Insane asylums Bombay 1873-77 - 1873-1877
Year: 1873
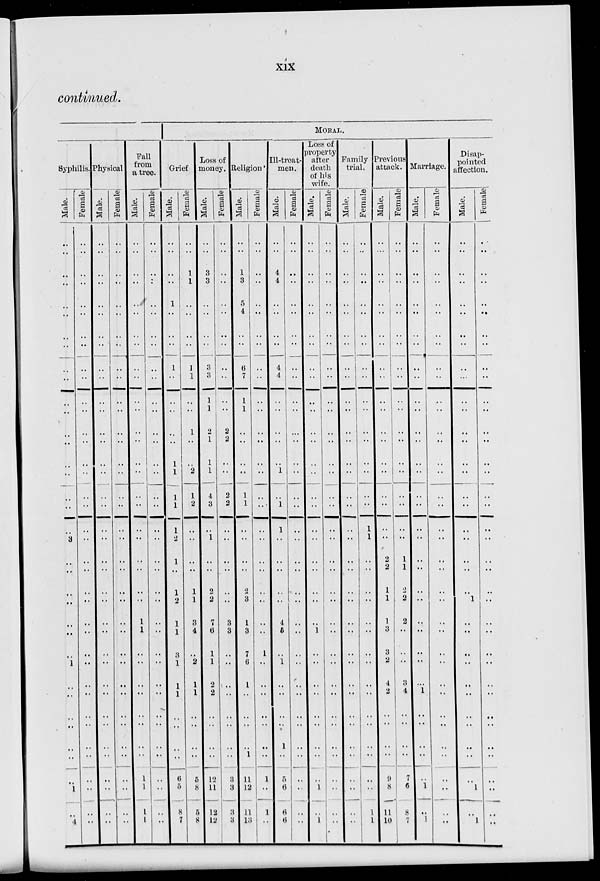
xix
continued.
Syphilis.
Male.
..
..
..
..
..
..
..
..
..
..
..
..
..
..
..
..
..
..
..
3
..
..
..
..
..
..
..
1
..
..
..
..
..
..
..
1
..
4
Female
..
..
..
..
..
..
..
..
..
..
..
..
..
..
..
..
..
..
..
..
..
..
..
..
..
..
..
..
..
..
..
..
..
..
..
..
..
..
Physical
Male.
..
..
..
..
..
..
..
..
..
..
..
..
..
..
..
..
..
..
..
..
..
..
..
..
..
..
..
..
..
..
..
..
..
..
..
..
..
..
Female
..
..
..
..
..
..
..
..
..
..
..
..
..
..
..
..
..
..
..
..
..
..
..
..
..
..
..
..
..
..
..
..
..
..
..
..
..
..
Fall
from
a tree.
Male.
..
..
..
..
..
..
..
..
..
..
..
..
..
..
..
..
..
..
..
..
..
..
..
..
1
1
..
..
..
..
..
..
..
..
1
1
1
1
Female
..
..
..
..
..
..
..
..
..
..
..
..
..
..
..
..
..
..
..
..
..
..
..
..
..
..
..
..
..
..
..
..
..
..
..
..
..
..
MORAL.
Grief
Male.
..
..
..
..
1
..
..
..
1
..
..
..
..
..
1
1
1
1
1
..
1
..
1
2
1
1
..
1
1
1
..
..
..
..
6
5
8
7
Female
..
..
1
1
..
..
..
..
1
1
..
..
1
..
..
2
1
2
..
..
..
..
1
1
3
4
..
2
1
1
..
..
..
..
5
8
5
8
Loss of
money.
Male.
..
..
3
3
..
..
..
..
3
3
1
1
2
1
1
1
4
3
..
1
..
..
2
2
7
6
1
1
2
2
..
..
..
..
12
11
12
12
Female
..
..
..
..
..
..
..
..
..
..
..
..
2
2
..
..
2
2
..
..
..
..
..
..
3
3
..
..
..
..
..
..
..
..
3
3
3
3
Religion.
Male.
..
..
1
3
5
4
..
..
6
7
1
1
..
..
..
..
1
1
..
..
..
..
2
3
1
3
7
6
1
..
..
..
..
1
11
12
11
13
Female
..
..
..
..
..
..
..
..
..
..
..
..
..
..
..
..
..
...
..
..
..
..
..
..
..
..
1
..
..
..
..
..
..
..
1
..
1
..
Ill-treat-
men.
Male.
..
..
4
4
..
..
..
..
4
4
..
..
..
..
..
1
..
1
1
..
..
..
..
..
4
5
..
1
..
..
..
..
1
..
5
6
6
6
Female
..
..
..
..
..
..
..
..
..
..
..
..
..
..
..
..
..
..
..
..
..
..
..
..
..
..
..
..
..
..
..
..
..
..
..
..
..
..
Loss of
property
after
death
of his
wife.
Male.
..
..
..
..
..
..
..
..
..
..
..
..
..
..
..
..
..
..
..
..
..
..
..
..
..
1
..
..
..
..
..
..
..
..
..
1
..
1
Female
..
..
..
..
..
..
..
..
..
..
..
..
..
..
..
..
..
..
..
..
..
..
..
..
..
..
..
..
..
..
..
..
..
..
..
..
..
..
Family
trial.
Male.
..
..
..
..
..
..
..
..
..
..
..
..
..
..
..
..
..
..
..
..
..
..
..
..
..
..
..
..
..
..
..
..
..
..
..
..
..
..
Female
..
..
..
..
..
..
..
..
..
..
..
..
..
..
..
..
..
..
1
1
..
..
..
..
..
..
..
..
..
..
..
..
..
..
..
..
1
1
Previous
attack.
Male.
..
..
..
..
..
..
..
..
..
..
..
..
..
..
..
..
..
..
..
..
2
2
1
1
1
3
3
2
4
2
..
..
..
..
9
8
11
10
Female
..
..
..
..
..
..
..
..
..
..
..
..
..
..
..
..
..
..
..
..
1
1
2
2
2
..
..
..
3
4
..
..
..
..
7
6
8
7
Marriage.
Male.
..
..
..
..
..
..
..
..
..
..
..
..
..
..
..
..
..
..
..
..
..
..
..
..
..
..
..
..
..
1
..
..
..
..
..
1
..
1
Female
..
..
..
..
..
..
..
..
..
..
..
..
..
..
..
..
..
..
..
..
..
..
..
..
..
..
..
..
..
..
..
..
..
..
..
..
..
..
Disap-
pointed
affection.
Male.
..
..
..
..
..
..
..
..
..
...
..
..
..
..
..
..
..
..
..
..
..
..
..
1
..
..
..
..
..
..
..
..
..
..
..
1
..
1
Female
..
..
..
..
..
..
..
..
..
..
..
..
..
..
..
..
..
..
..
..
..
..
..
..
..
..
..
..
..
..
..
..
..
..
..
..
..
..